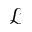
\mathcal { L }